Report on vaccination in the Province of Bengal - 1869-1873
Year: 1869
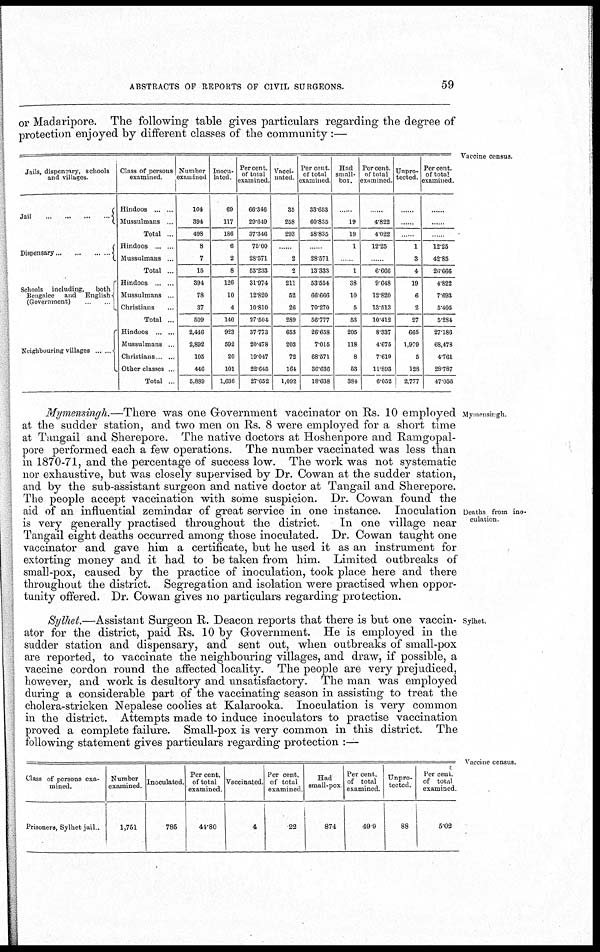
ABSTRACTS OF REPORTS OF CIVIL SURGEONS.
59
or Madaripore. The following table gives particulars regarding the degree of
protection enjoyed by different classes of the community :—
Vaccine census.
Jails, dispensary, schools
and villages.
Jail
...
...
...
Dispensary
...
...
......
Schools including,
both
Bengalee and English
(Government) ... ...
Neighbouring villages ... ...
Class of persons
examined.
Hindoos ... ...
Mussulmans ...
Total .
Hindoos ... ...
Mussulmans ...
Total ...
Hindoos ... ...
Mussulmans ...
Christians ...
Total ...
Hindoos ... ...
Mussulmans ...
Christians ...
Other classes ..
Total ...
Number
examined
104
394
498
8
7
15
394
78
37
509
2,446
2,892
105
446
5,889
Inocu-
lated
69
117
186
6
2
8
126
10
4
140
923
592
20
101
1,636
Percent
of total
examined.
66.346
29.649
37.346
75.00
28.571
53.233
31.974
12.820
10.810
27.504
37.773
20.478
19.047
22.645
27.652
Vacci-
-ated.
35
258
293
......
2
2
211
52
26
289
653
203
72
164
1,092
Per cent
Of total
examined
33.653
60.835
58.835
......
28.571
13.333
53.554
66.666
70.270
56.777
26.658
7.015
68.571
36.636
18.638
Had
small¬
box.
......
19
19
1
......
1
38
10
5
53
205
118
8
53
384
Percent
of total
examined.
......
4.822
4.022
12.25
......
6.66
9.648
12.820
13.513
10.412
8.337
4.675
7.619
11.893
6.052
Unpro-
tected.
......
......
......
1
3
4
19
6
2
27
665
1,979
5
128
2,777
Per cent.
of total
examined.
......
......
......
12,25
42,85
26,666
4,822
7,693
5,405
5,284
27,186
68,478
4,761
28,787
47,056
Mymensirgh.
Deaths from ino-
culation
Mymensingh.—There was one Government vaccinator on Rs. 10 employed
at the sudder station, and two men on Rs. 8 were employed for a short time
at Tangail and Sherepore. The native doctors at Hoshenpore and Ramgopal¬
pore performed each a few operations. The number vaccinated was less than
in 1870-71, and the percentage of success low. The work was not systematic
nor exhaustive, but was closely supervised by Dr. Cowan at the sudder station,
and by the sub-assistant surgeon and native doctor at Tangail and Sherepore.
The people accept vaccination with some suspicion. Dr. Cowan found the
aid of an influential zemindar of great service in one instance. Inoculation
is very generally practised throughout the district.
In one village near
Tangail eight deaths occurred among those inoculated. Dr. Cowan taught one
vaccinator and gave him a certificate, but he used it as an instrument for
extorting money and it had to be taken from him. Limited outbreaks of
small-pox, caused by the practice of inoculation, took place here and there
throughout the district. Segregation and isolation were practised when oppor-
tunity offered. Dr. Cowan gives no particulars regarding protection.
Sylhet.
Sylhet.—Assistant Surgeon R. Deacon reports that there is but one vaccin-
ator for the district, paid Rs. 10 by Government. He is employed in the
sudder station and dispensary, and sent out, when outbreaks of small-pox
are reported, to vaccinate the neighbouring villages, and draw, if possible, a
vaccine cordon round the affected locality. The people are very prejudiced,
however, and work is desultory and unsatisfactory. The man was employed
during a considerable part of the vaccinating season in assisting to treat the
cholera-stricken Nepalese coolies at Kalarooka. Inoculation is very common
in the district. Attempts made to induce inoculators to practise vaccination
proved a complete failure. Small-pox is very common in this district. The
following statement gives particulars regarding protection :—
Vaccine census.
Class of persons exa-
mined.
Prisoner, Sylhet jail.
Number
examined
1,751
Inoculated.
785
Per cent.
of total
examined.
44.80
Vaccinated.
4
Per cent
of total
examined
22
Had
small-pox
874
Per cent
of total
examined.
49.9
Unpro-
tected
88
Per cent
of total
examined.
5.02